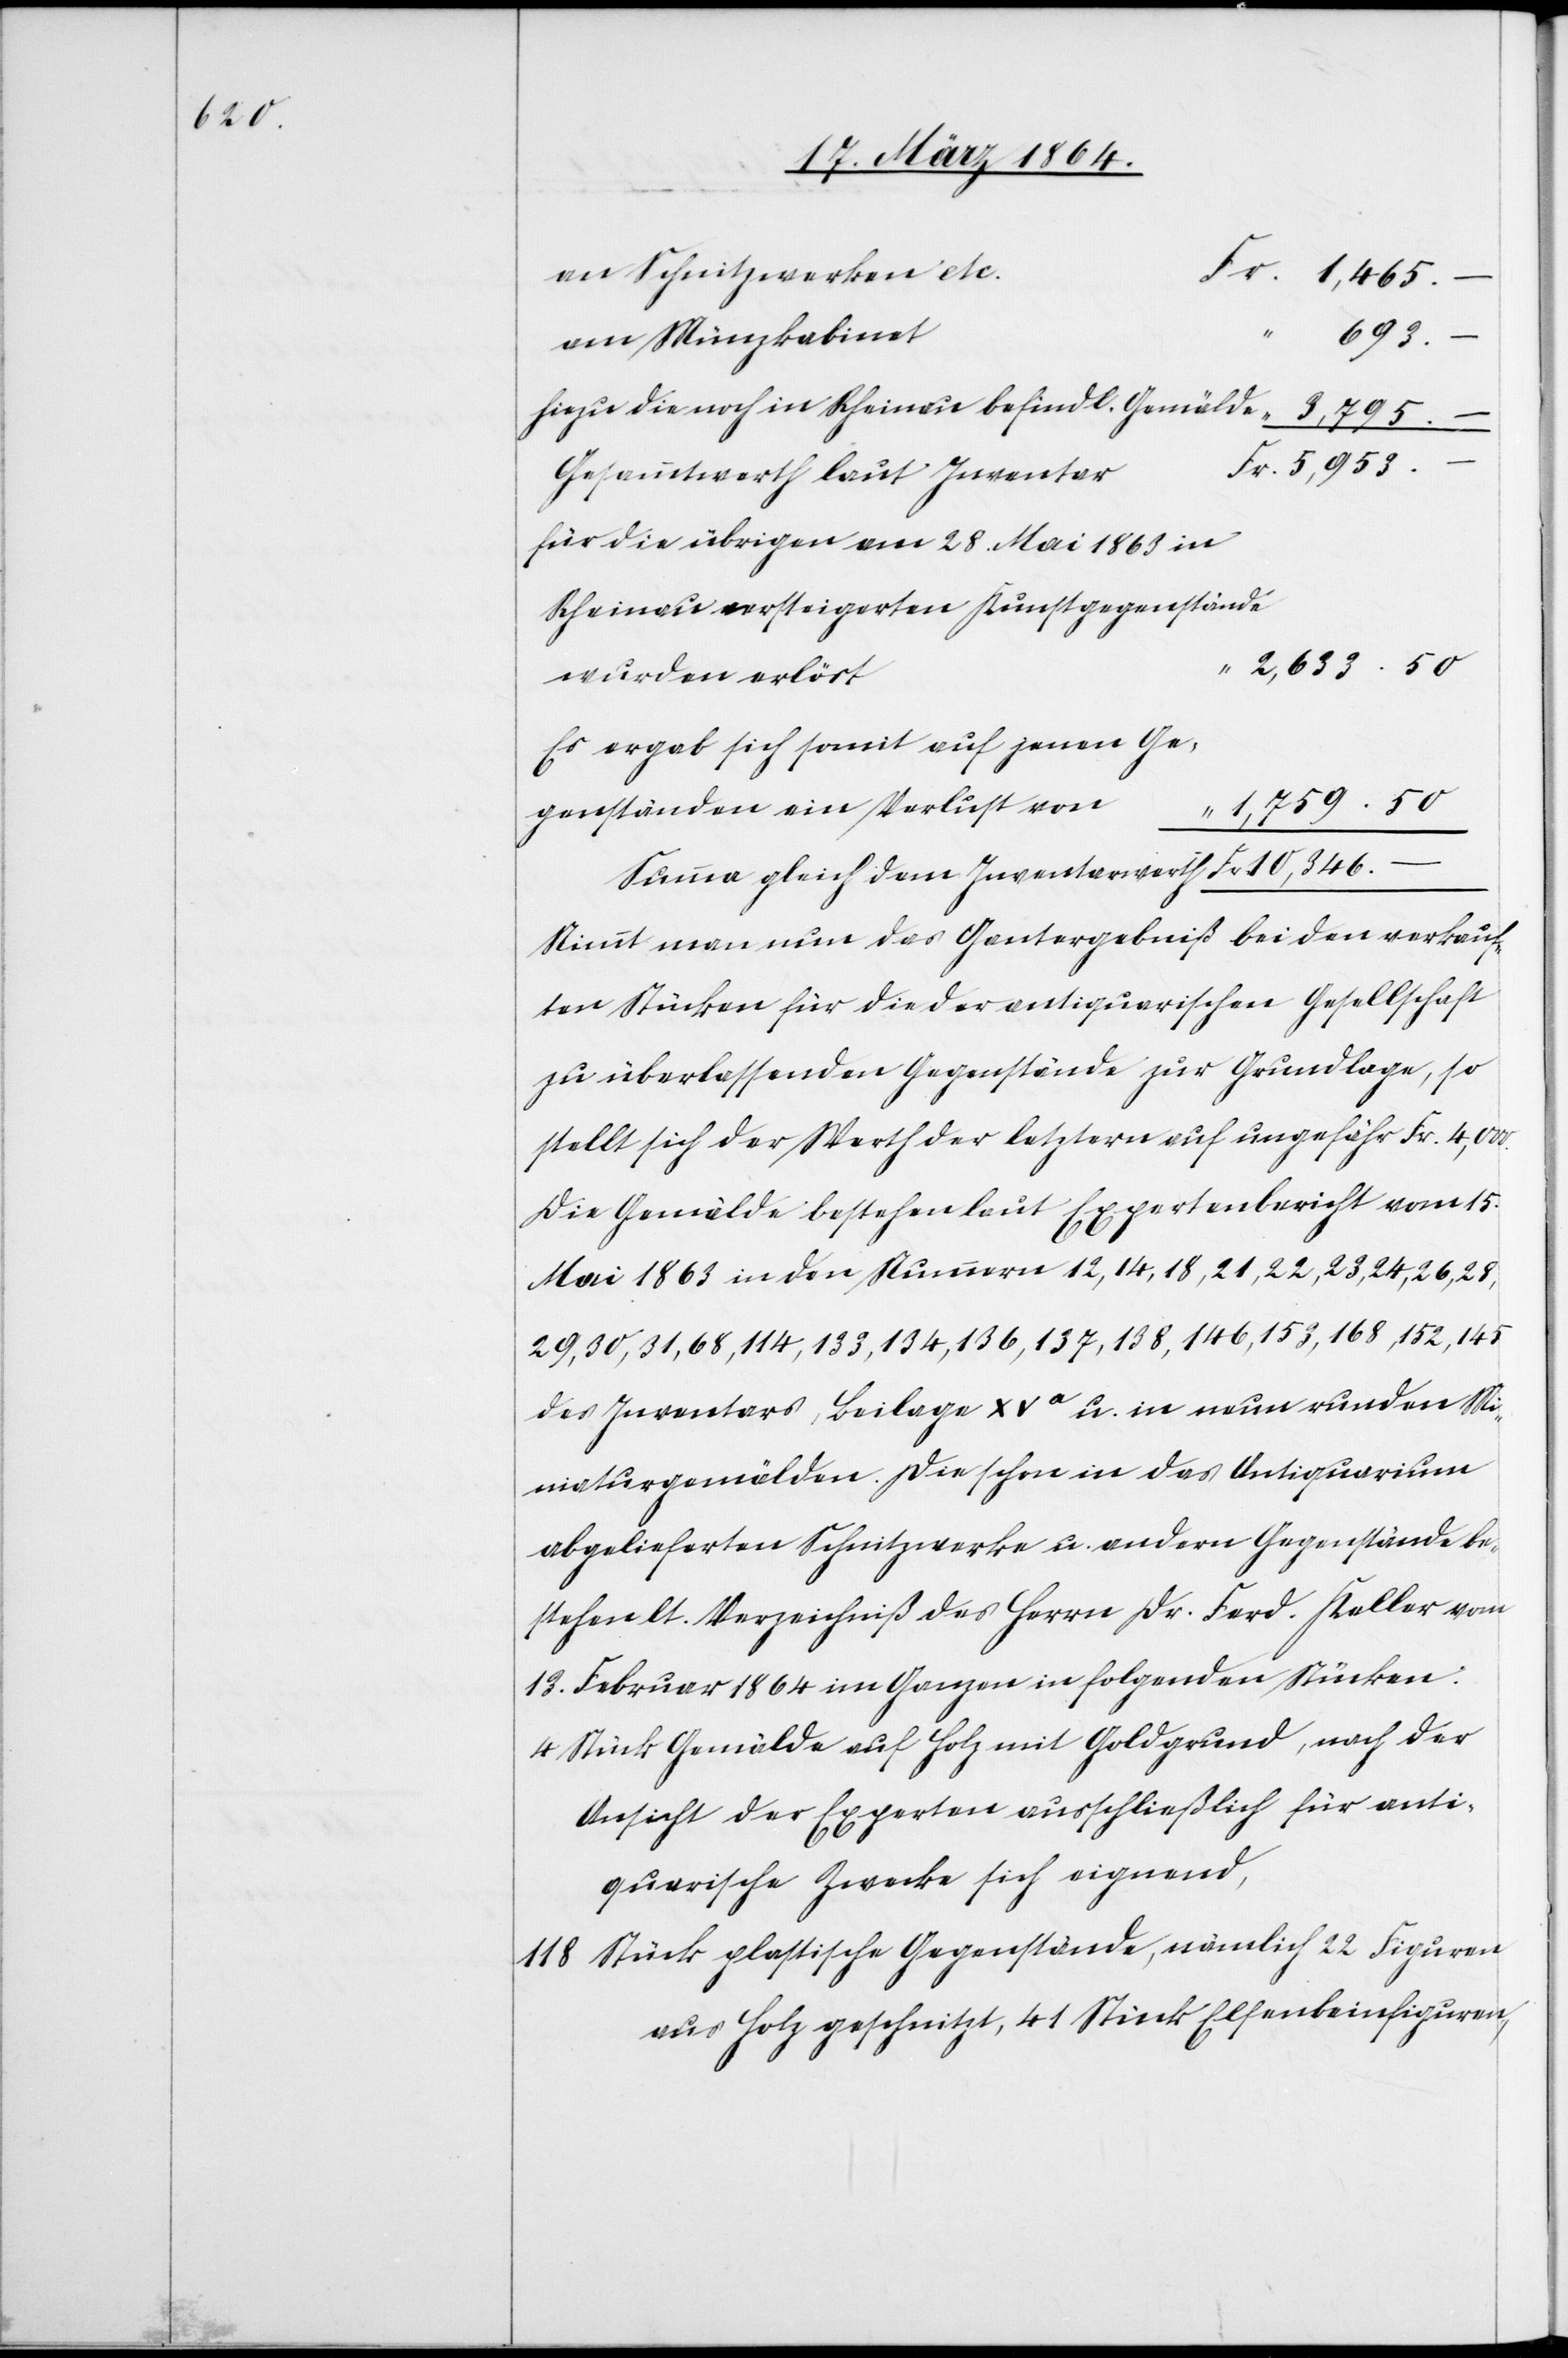
an Schnitzwerken
10,346.–
hiezu die noch in Rheinau befindl. Gemälde
dem
Gesammtwerth laut Inventa¬
für die übrigen am 28. Mai 1863 in
Rheinau versteigerten Kunstgegenstände
wurden erlöst
Es ergab sich somit auf jenen Ge¬
“ 1,759.50
genständen ein Verlust von
Nimmt man nun das Gantergebniß bei den verkauf¬
ten Stücken für die der antiquarischen Gesellschaft
zu überlassenden Gegenstände zur Grundlage, so
stellt sich der Werth der letztern auf ungefähr Fr. 4,000.
Die Gemälde bestehen laut Expertenbericht vom 15.
Mai 1863 in den Nummern 12, 14, 18, 21, 22, 23, 24, 26, 28,
29, 30, 31, 68, 114, 133, 134, 136, 137, 138, 146, 153, 168, 152, 145
des Inventars, Beilage XVa u. in neun runden Mi¬
niaturgemälden. Die schon in das Antiquarium
abgelieferten Schnitzwerke u. andern Gegenstände be¬
stehen lt. Verzeichniß des Herrn Dr. Ferd. Keller vom
13. Februar 1864 im Ganzen in folgenden Stücken:
4 Stück Gemälde auf Holz mit Goldgrund, nach der
Ansicht der Experten ausschließlich für anti¬
quarische Zwecke sich eignend,
118 Stück plastische Gegenstände, nämlich 22 Figuren
aus Holz geschnitzt, 41 Stück Elfenbeinfiguren,